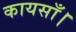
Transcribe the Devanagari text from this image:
कायसाँ।